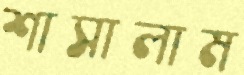
শাসালাম